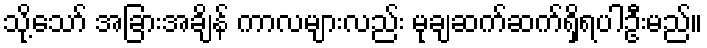
သို့သော် အခြားအချိန် ကာလများလည်း မုချဆက်ဆက်ရှိရပါဦးမည်။